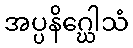
အပ္ပနိဂ္ဃေါသံ